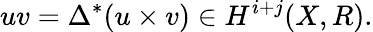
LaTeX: uv=\Delta^{*}(u\times v)\in H^{i+j}(X,R).